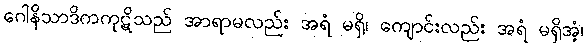
ဂေါနိသာဒိကကုဋိသည် အာရာမလည်း အရံ မရှိ၊ ကျောင်းလည်း အရံ မရှိအံ့၊